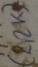
Text: (2,2KΩ)